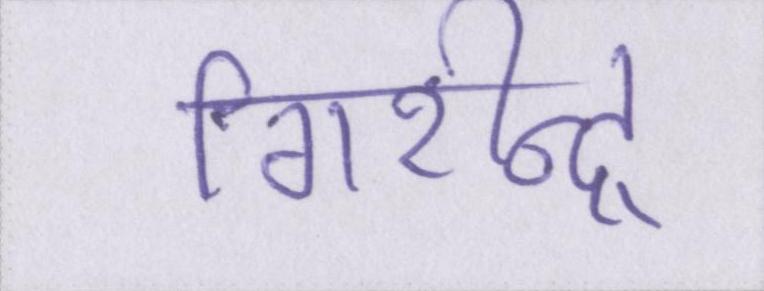
गिरीन्द्र